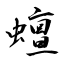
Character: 蟺